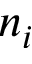
n _ { i }